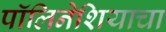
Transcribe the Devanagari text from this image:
पॉलिनेशियाचा